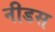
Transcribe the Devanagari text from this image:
नीडस